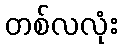
တစ်လလုံး